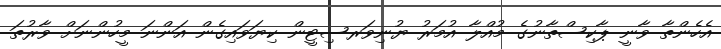
އެހެންތާ ވާނީ ޕާކިސްތާނުގެ މުއްލާ އުމަރު ޔުނިވަރސިޓީން ކިޔަވައިގެން އަންނަ މީހުންނަށް ވާރުތަ